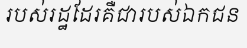
របស់រដ្ឋដែរគឺជារបស់ឯកជន